Jaan_Tonisson_(Lasteleht), lk 126
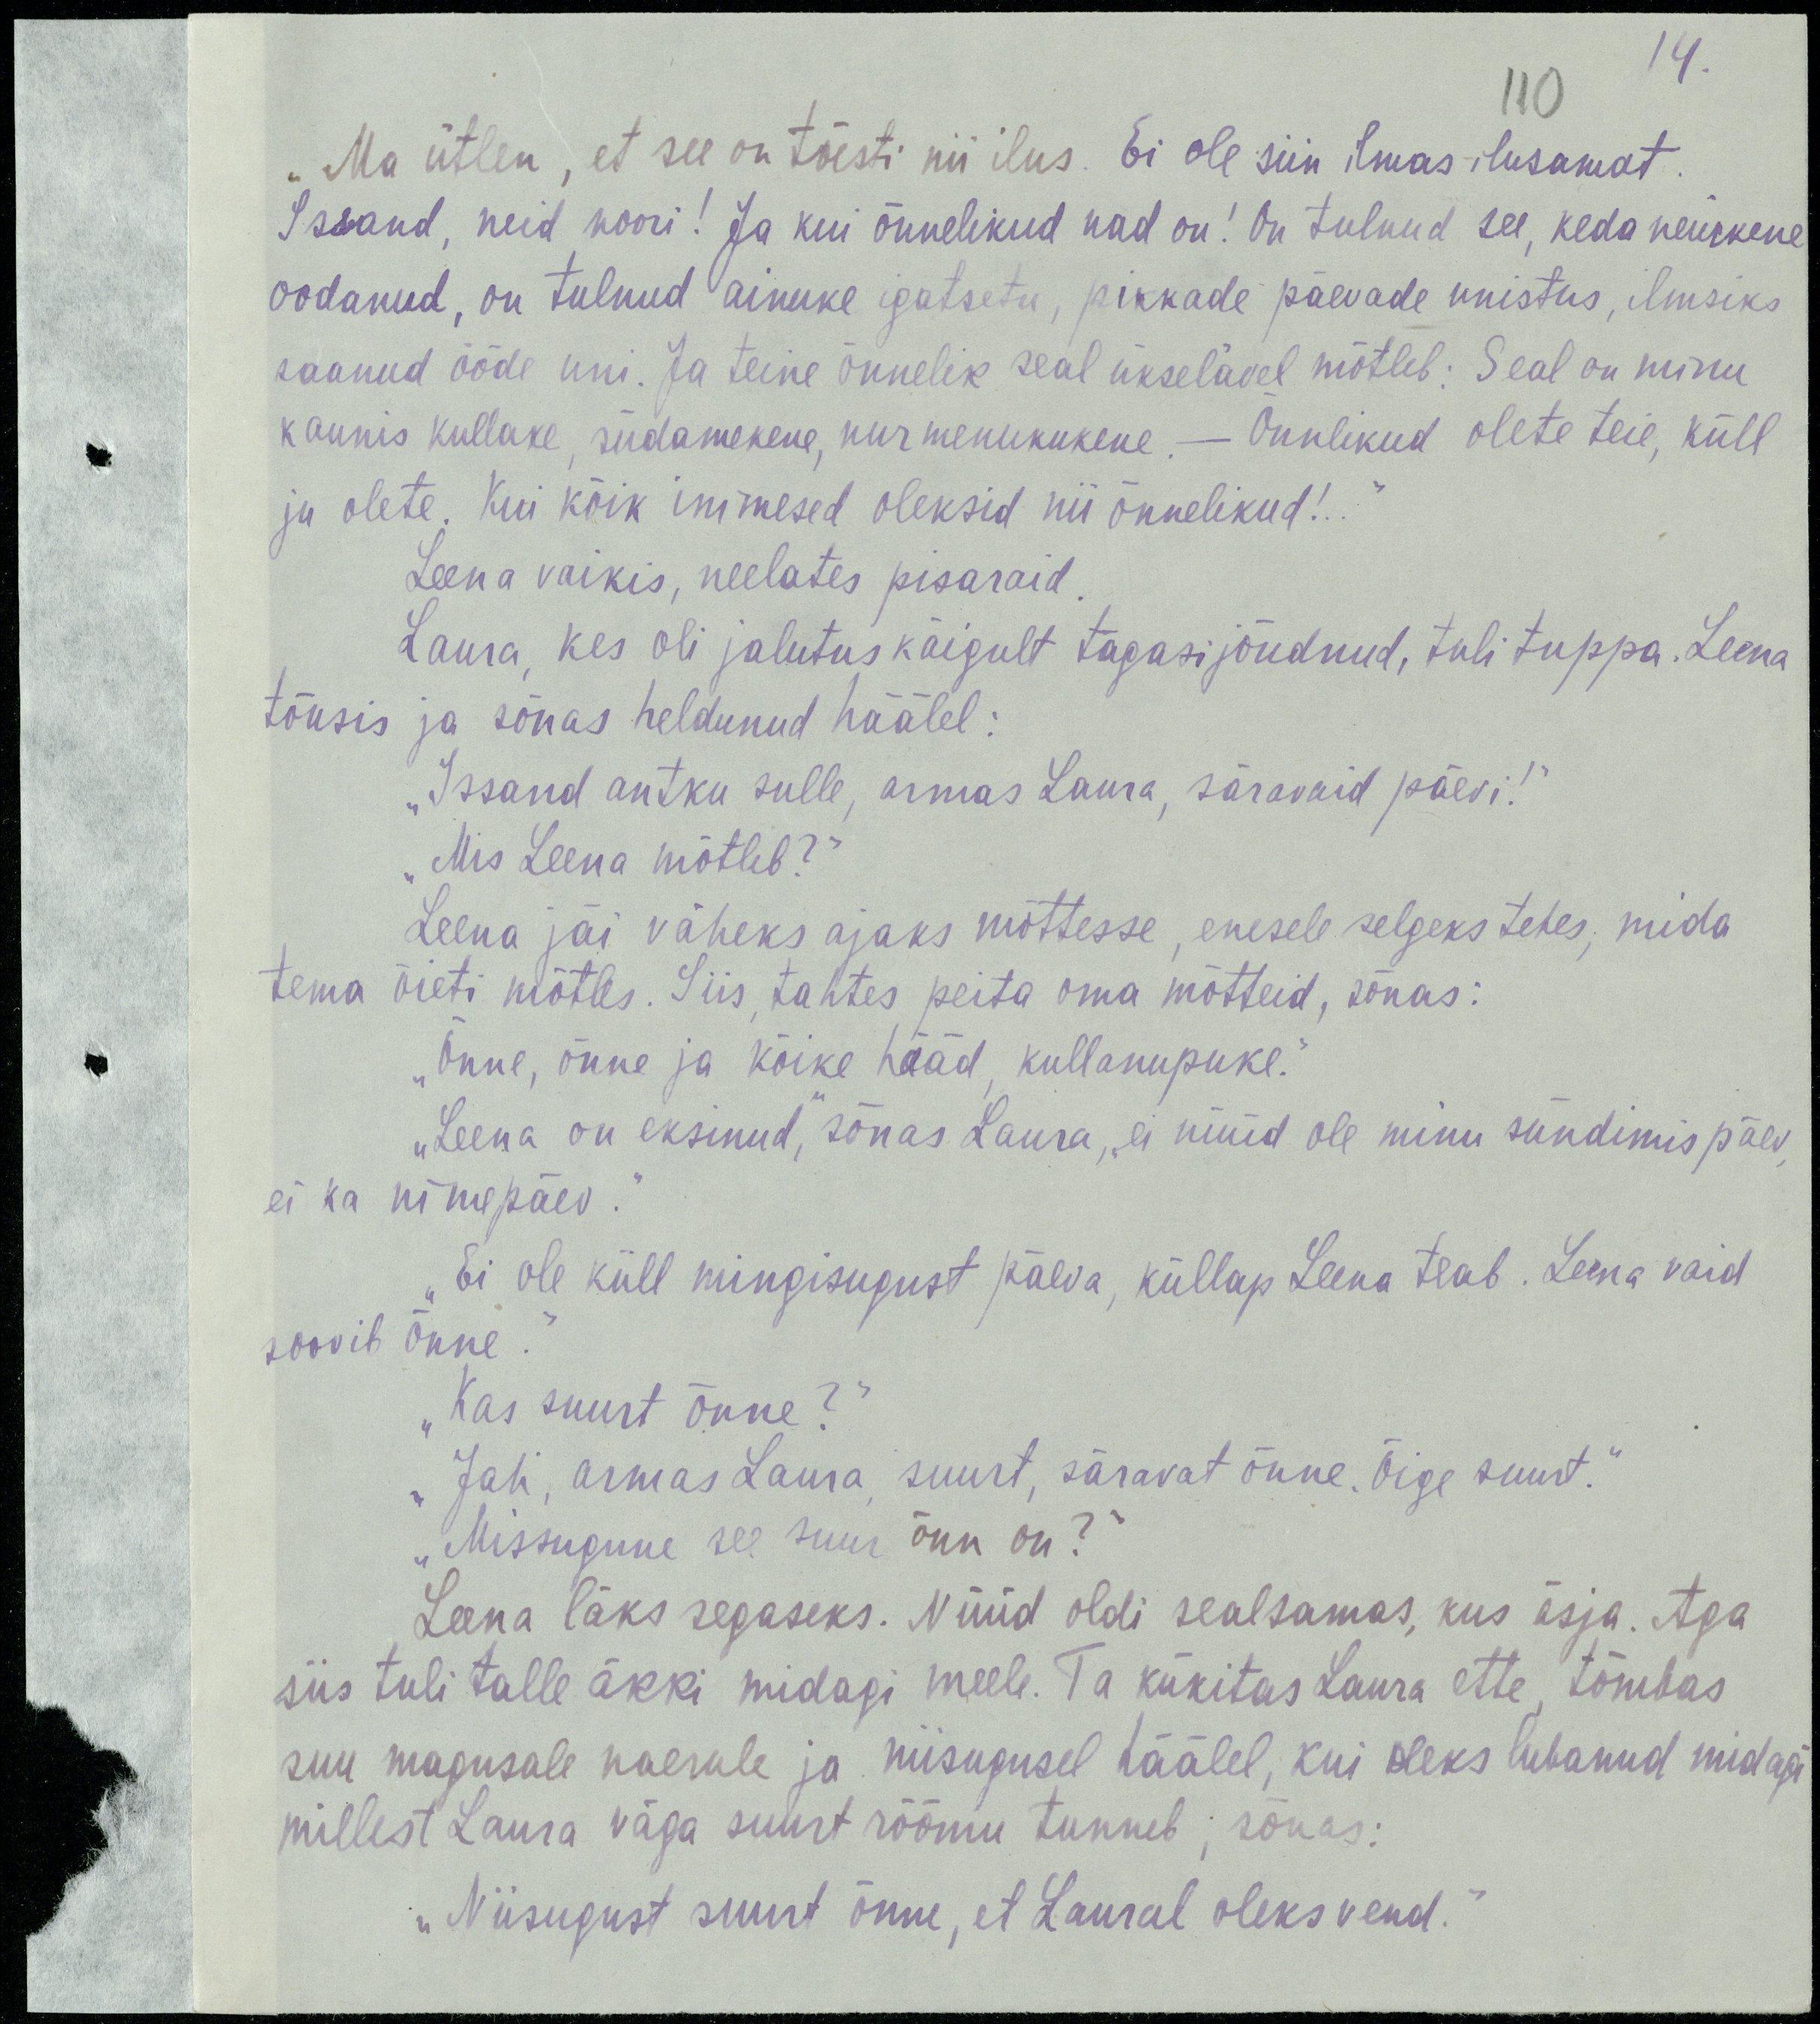
14.
110
„Ma ütlen, et see on tõesti nii ilus. Ei ole siin ilmas ilusamat.
Issand, neid noori! Ja kui õnnelikud nad on! On tulnud see, keda neiukene
oodanud, on tulnud ainuke igatsetu, pikkade päevade unistus, ilmsiks
saanud ööde uni. Ja teine õnnelik seal ukselävel mõtleb: Seal on minu
kaunis kullake, südamekene, nurmenukukene. – Õnnelikud olete teie, küll
ju olete. Kui kõik inimesed oleksid nii õnnelikud!..“
Leena vaikis, neelates pisaraid.
Laura, kes oli jalutuskäigult tagasi jõudnud, tuli tuppa. Leena
tõusis ja sõnas heldunud häälel:
„Issand antku sulle, armas Laura, säravaid päevi!“
„Mis Leena mõtleb?“
Leena jäi väheks ajaks mõttesse, enesele selgeks tehes, mida
tema õieti mõtles. Siis, tahtes peita oma mõtteid, sõnas:
„Õnne, õnne ja kõike hääd, kullanupuke.“
„Leena on eksinud,“ sõnas Laura, „ei nüüd ole minu sündimispäev,
ei ka nimepäev.“
„Ei ole küll mingisugust päeva, küllap Leena teab. Leena vaid
soovib õnne.“
„Kas suurt õnne?“
„Jah, armas Laura, suurt, säravat õnne, õige suurt.“
„Missugune see suur õnn on?“
Leena läks segaseks. Nüüd oldi sealsamas, kus äsja. Aga
siis tuli talle äkki midagi meele. Ta kükitas Laura eiie, tõmbas
suu magusale nearule ja niisugusel häälel, kui oleks lubanud midagi
millest Laura väga suurt rõõmu tunneb, sõnas:
„Niisugust suurt õnne, et Laural oleks vend.“